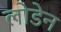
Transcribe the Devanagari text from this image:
लोडेन